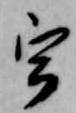
宇